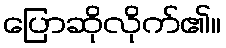
ပြောဆိုလိုက်၏။